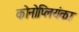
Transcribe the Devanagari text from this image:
कोनोप्लियंका